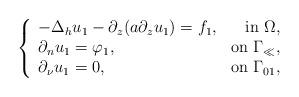
LaTeX: \begin{align*} \left\{ \begin{array}{lr} - \Delta_hu_1-\partial_z(a\partial_zu_1)=f_1,&\mbox{in }\Omega,\\ \partial_nu_1=\varphi_1,&\mbox{on }\Gamma_\ll,\\ \partial_\nu u_1=0,&\mbox{on }\Gamma_{01}, \end{array} \right.\end{align*}